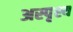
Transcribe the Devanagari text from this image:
अस्‍पृश्य